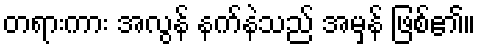
တရားကား အလွန် နက်နဲသည် အမှန် ဖြစ်၏။